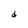
Character: d